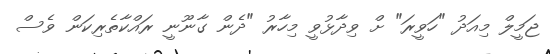
ޖަމީލް މިއަދު "ހަވީރަ" ށް ވިދާޅުވީ މިހާރު "ދެން ގާނޫނީ ރައްކާތެރިކަން ވެސް